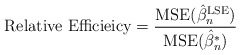
\begin{align*}\mbox{Relative Efficieicy} = \frac{\mbox{MSE}(\hat{\beta}_n^{\textrm{LSE}})}{\mbox{MSE}(\hat{\beta}_n^{*})}\end{align*}